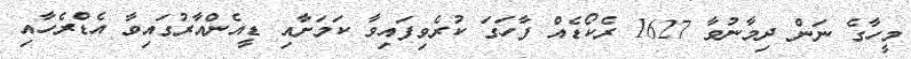
މީހާގެ ނަން ދިމާނުވާ 1627 ރެކޯޑެއް ފާހަގަ ކުރެވިފައިވާ ކަމަށާއި ޑީއެންއާރުގައިވާ އެޑްރެހާއި